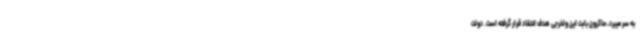
به سر میبرد، ماکرون بابت این ولخرجی هدف انتقاد قرار گرفته است. دولت